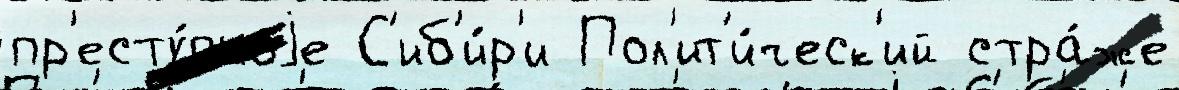
пр'есту́пноjе С'иб'и́р'и Пол'ит'и́ческ'ий стра́же